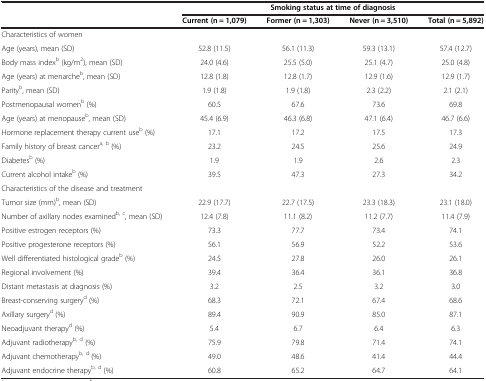
<table><thead><tr><td><b> </b></td><td colspan="4"><b>Smoking status at time of diagnosis</b></td></tr><tr><td><b> </b></td><td><b>Current (n = 1,079)</b></td><td><b>Former (n = 1,303)</b></td><td><b>Never (n = 3,510)</b></td><td><b>Total (n = 5,892)</b></td></tr></thead><tbody><tr><td colspan="5">Characteristics of women</td></tr><tr><td>Age (years), mean (SD)</td><td>52.8 (11.5)</td><td>56.1 (11.3)</td><td>59.3 (13.1)</td><td>57.4 (12.7)</td></tr><tr><td>Body mass index<sup>b</sup> (kg/m<sup>2</sup>), mean (SD)</td><td>24.0 (4.6)</td><td>25.5 (5.0)</td><td>25.1 (4.7)</td><td>25.0 (4.8)</td></tr><tr><td>Age (years) at menarche<sup>b</sup>, mean (SD)</td><td>12.8 (1.8)</td><td>12.8 (1.7)</td><td>12.9 (1.6)</td><td>12.9 (1.7)</td></tr><tr><td>Parity<sup>b</sup>, mean (SD)</td><td>1.9 (1.8)</td><td>1.9 (1.8)</td><td>2.3 (2.2)</td><td>2.1 (2.1)</td></tr><tr><td>Postmenopausal women<sup>b</sup> (%)</td><td>60.5</td><td>67.6</td><td>73.6</td><td>69.8</td></tr><tr><td>Age (years) at menopause<sup>b</sup>, mean (SD)</td><td>45.4 (6.9)</td><td>46.3 (6.8)</td><td>47.1 (6.4)</td><td>46.7 (6.6)</td></tr><tr><td>Hormone replacement therapy current use<sup>b</sup> (%)</td><td>17.1</td><td>17.2</td><td>17.5</td><td>17.3</td></tr><tr><td>Family history of breast cancer<sup>a, b</sup> (%)</td><td>23.2</td><td>24.5</td><td>25.6</td><td>24.9</td></tr><tr><td>Diabetes<sup>b</sup> (%)</td><td>1.9</td><td>1.9</td><td>2.6</td><td>2.3</td></tr><tr><td>Current alcohol intake<sup>b</sup> (%)</td><td>39.5</td><td>47.3</td><td>27.3</td><td>34.2</td></tr><tr><td colspan="5">Characteristics of the disease and treatment</td></tr><tr><td>Tumor size (mm)<sup>b</sup>, mean (SD)</td><td>22.9 (17.7)</td><td>22.7 (17.5)</td><td>23.3 (18.3)</td><td>23.1 (18.0)</td></tr><tr><td>Number of axillary nodes examined<sup>b, c</sup>, mean (SD)</td><td>12.4 (7.8)</td><td>11.1 (8.2)</td><td>11.2 (7.7)</td><td>11.4 (7.9)</td></tr><tr><td>Positive estrogen receptors (%)</td><td>73.3</td><td>77.7</td><td>73.4</td><td>74.1</td></tr><tr><td>Positive progesterone receptors (%)</td><td>56.1</td><td>56.9</td><td>52.2</td><td>53.6</td></tr><tr><td>Well differentiated histological grade<sup>b</sup> (%)</td><td>24.5</td><td>27.8</td><td>26.0</td><td>26.1</td></tr><tr><td>Regional involvement (%)</td><td>39.4</td><td>36.4</td><td>36.1</td><td>36.8</td></tr><tr><td>Distant metastasis at diagnosis (%)</td><td>3.2</td><td>2.5</td><td>3.2</td><td>3.0</td></tr><tr><td>Breast-conserving surgery<sup>d</sup> (%)</td><td>68.3</td><td>72.1</td><td>67.4</td><td>68.6</td></tr><tr><td>Axillary surgery<sup>d</sup> (%)</td><td>89.4</td><td>90.9</td><td>85.0</td><td>87.1</td></tr><tr><td>Neoadjuvant therapy<sup>d</sup> (%)</td><td>5.4</td><td>6.7</td><td>6.4</td><td>6.3</td></tr><tr><td>Adjuvant radiotherapy<sup>b, d</sup> (%)</td><td>75.9</td><td>79.8</td><td>71.4</td><td>74.1</td></tr><tr><td>Adjuvant chemotherapy<sup>b, d</sup> (%)</td><td>49.0</td><td>48.6</td><td>41.4</td><td>44.4</td></tr><tr><td>Adjuvant endocrine therapy<sup>b, d</sup> (%)</td><td>60.8</td><td>65.2</td><td>64.7</td><td>64.1</td></tr></tbody></table>